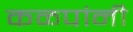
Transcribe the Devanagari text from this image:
कळपांनी